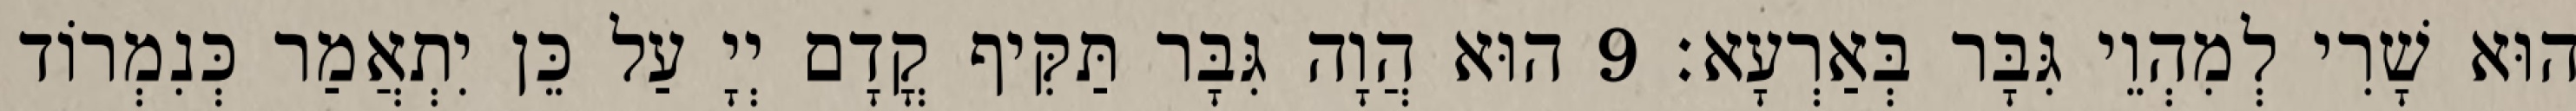
הוּא שָׁרִי לְמִהְוֵי גִּבָּר בְּאַרְעָא׃ 9 הוּא הֲוָה גִּבָּר תַּקִּיף קֳדָם יְיָ עַל כֵּן יִתְאֲמַר כְּנִמְרוֹד